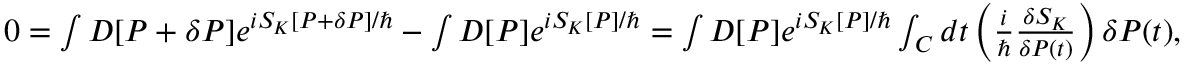
\begin{array} { r } { 0 = \int { \cal D } [ P + \delta P ] e ^ { i { \cal S } _ { K } [ P + \delta P ] / \hbar } - \int { \cal D } [ P ] e ^ { i { \cal S } _ { K } [ P ] / \hbar } = \int { \cal D } [ P ] e ^ { i { \cal S } _ { K } [ P ] / \hbar } \int _ { C } d t \left( \frac { i } { \hbar } \frac { \delta { \cal S } _ { K } } { \delta P ( t ) } \right) \delta P ( t ) , } \end{array}